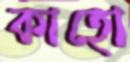
কাহো